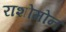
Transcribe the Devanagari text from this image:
राशोमोन